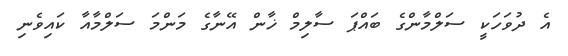
އެ ދުވަހަކީ ސަލްމާންގެ ބައްޕަ ސާލިމް ޚާން އޭނާގެ މަންމަ ސަލްމާއާ ކައިވެނި